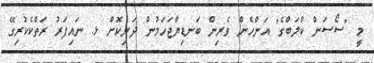
މީ "ސޯސަން ކްލަބްގެ" އަންހެން ވެރިން ބަނޑިޔާޖަހަމުން ދަނިކޮށް ޅ. ނައިފަރު ރަތްކެކުރިގޭ